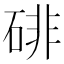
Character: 𪿨